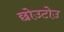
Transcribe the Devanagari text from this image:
छोउटोउ